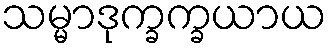
သမ္မာဒုက္ခက္ခယာယ